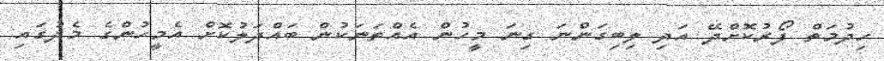
ހިދުމަތް ފޯރުކޮށްދޭ އަދި ލިބިގަންނަ ގިނަ މީހުން އެއްތަނަކުން ބައްދަލުކޮށް އެމީހުންގެ މެދުގައި